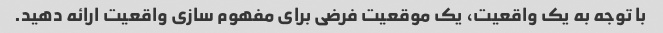
با توجه به یک واقعیت، یک موقعیت فرضی برای مفهوم سازی واقعیت ارائه دهید.